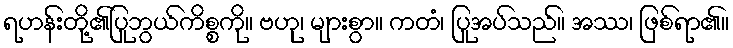
ရဟန်းတို့၏ပြုဘွယ်ကိစ္စကို။ ဗဟု၊ များစွာ။ ကတံ၊ ပြုအပ်သည်။ အဿ၊ ဖြစ်ရာ၏။